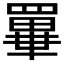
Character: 𦌂